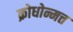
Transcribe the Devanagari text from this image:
क्रोधोन्मत्त